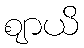
ဈာယိ